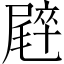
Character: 𡳝